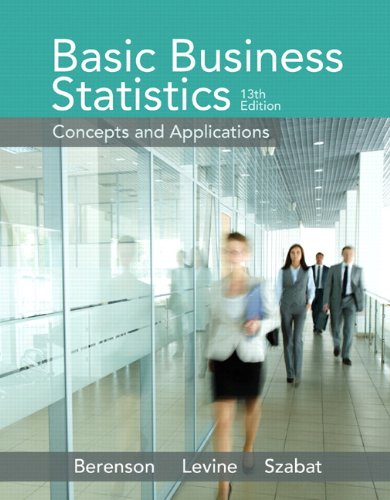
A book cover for Basic Business Statistics (13th Edition); Mark L. Berenson; Business & Money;